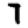
Digit: 7